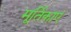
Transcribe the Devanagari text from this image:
मूर्तिकाएं